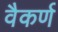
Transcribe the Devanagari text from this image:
वैकर्ण